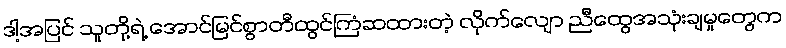
ဒါ့အပြင် သူတို့ရဲ့ အောင်မြင်စွာတီထွင်ကြံဆထားတဲ့ လိုက်လျော ညီထွေအသုံးချမှုတွေက